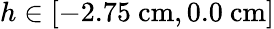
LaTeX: h\in[-2.75\ \mathrm{cm},0.0\ \mathrm{cm}]